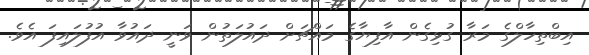
އިބްތިހާލްގެ މަރާ ގުޅިގެން އާފިޔާގެ މައްޗަށް ދައުލަތުން ވަނީ ދައުވާ އުފުލައިފަ އެވެ.